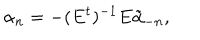
LaTeX: \alpha _ { n } = - ( E ^ { t } ) ^ { - 1 } E \tilde { \alpha } _ { - n } ,